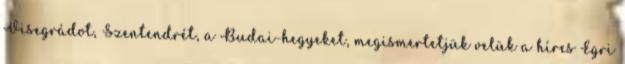
Visegrádot, Szentendrét, a Budai-hegyeket, megismertetjük velük a híres Egri